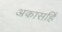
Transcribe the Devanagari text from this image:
अकासहिं